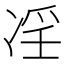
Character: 𠗝